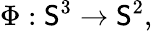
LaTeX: \Phi:\mathsf{S}^{3}\rightarrow\mathsf{S}^{2},